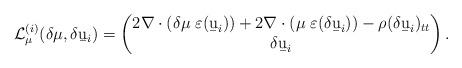
LaTeX: \begin{align*}\mathcal L_\mu^{(i)}(\delta\mu,\delta\b u_i)=\begin{pmatrix}2\nabla\cdot(\delta\mu\;\varepsilon(\b u_i)) + 2\nabla\cdot(\mu\;\varepsilon(\delta\b u_i))-\rho(\delta\b u_i)_{tt}\\ \delta \b u_i\end{pmatrix}.\end{align*}